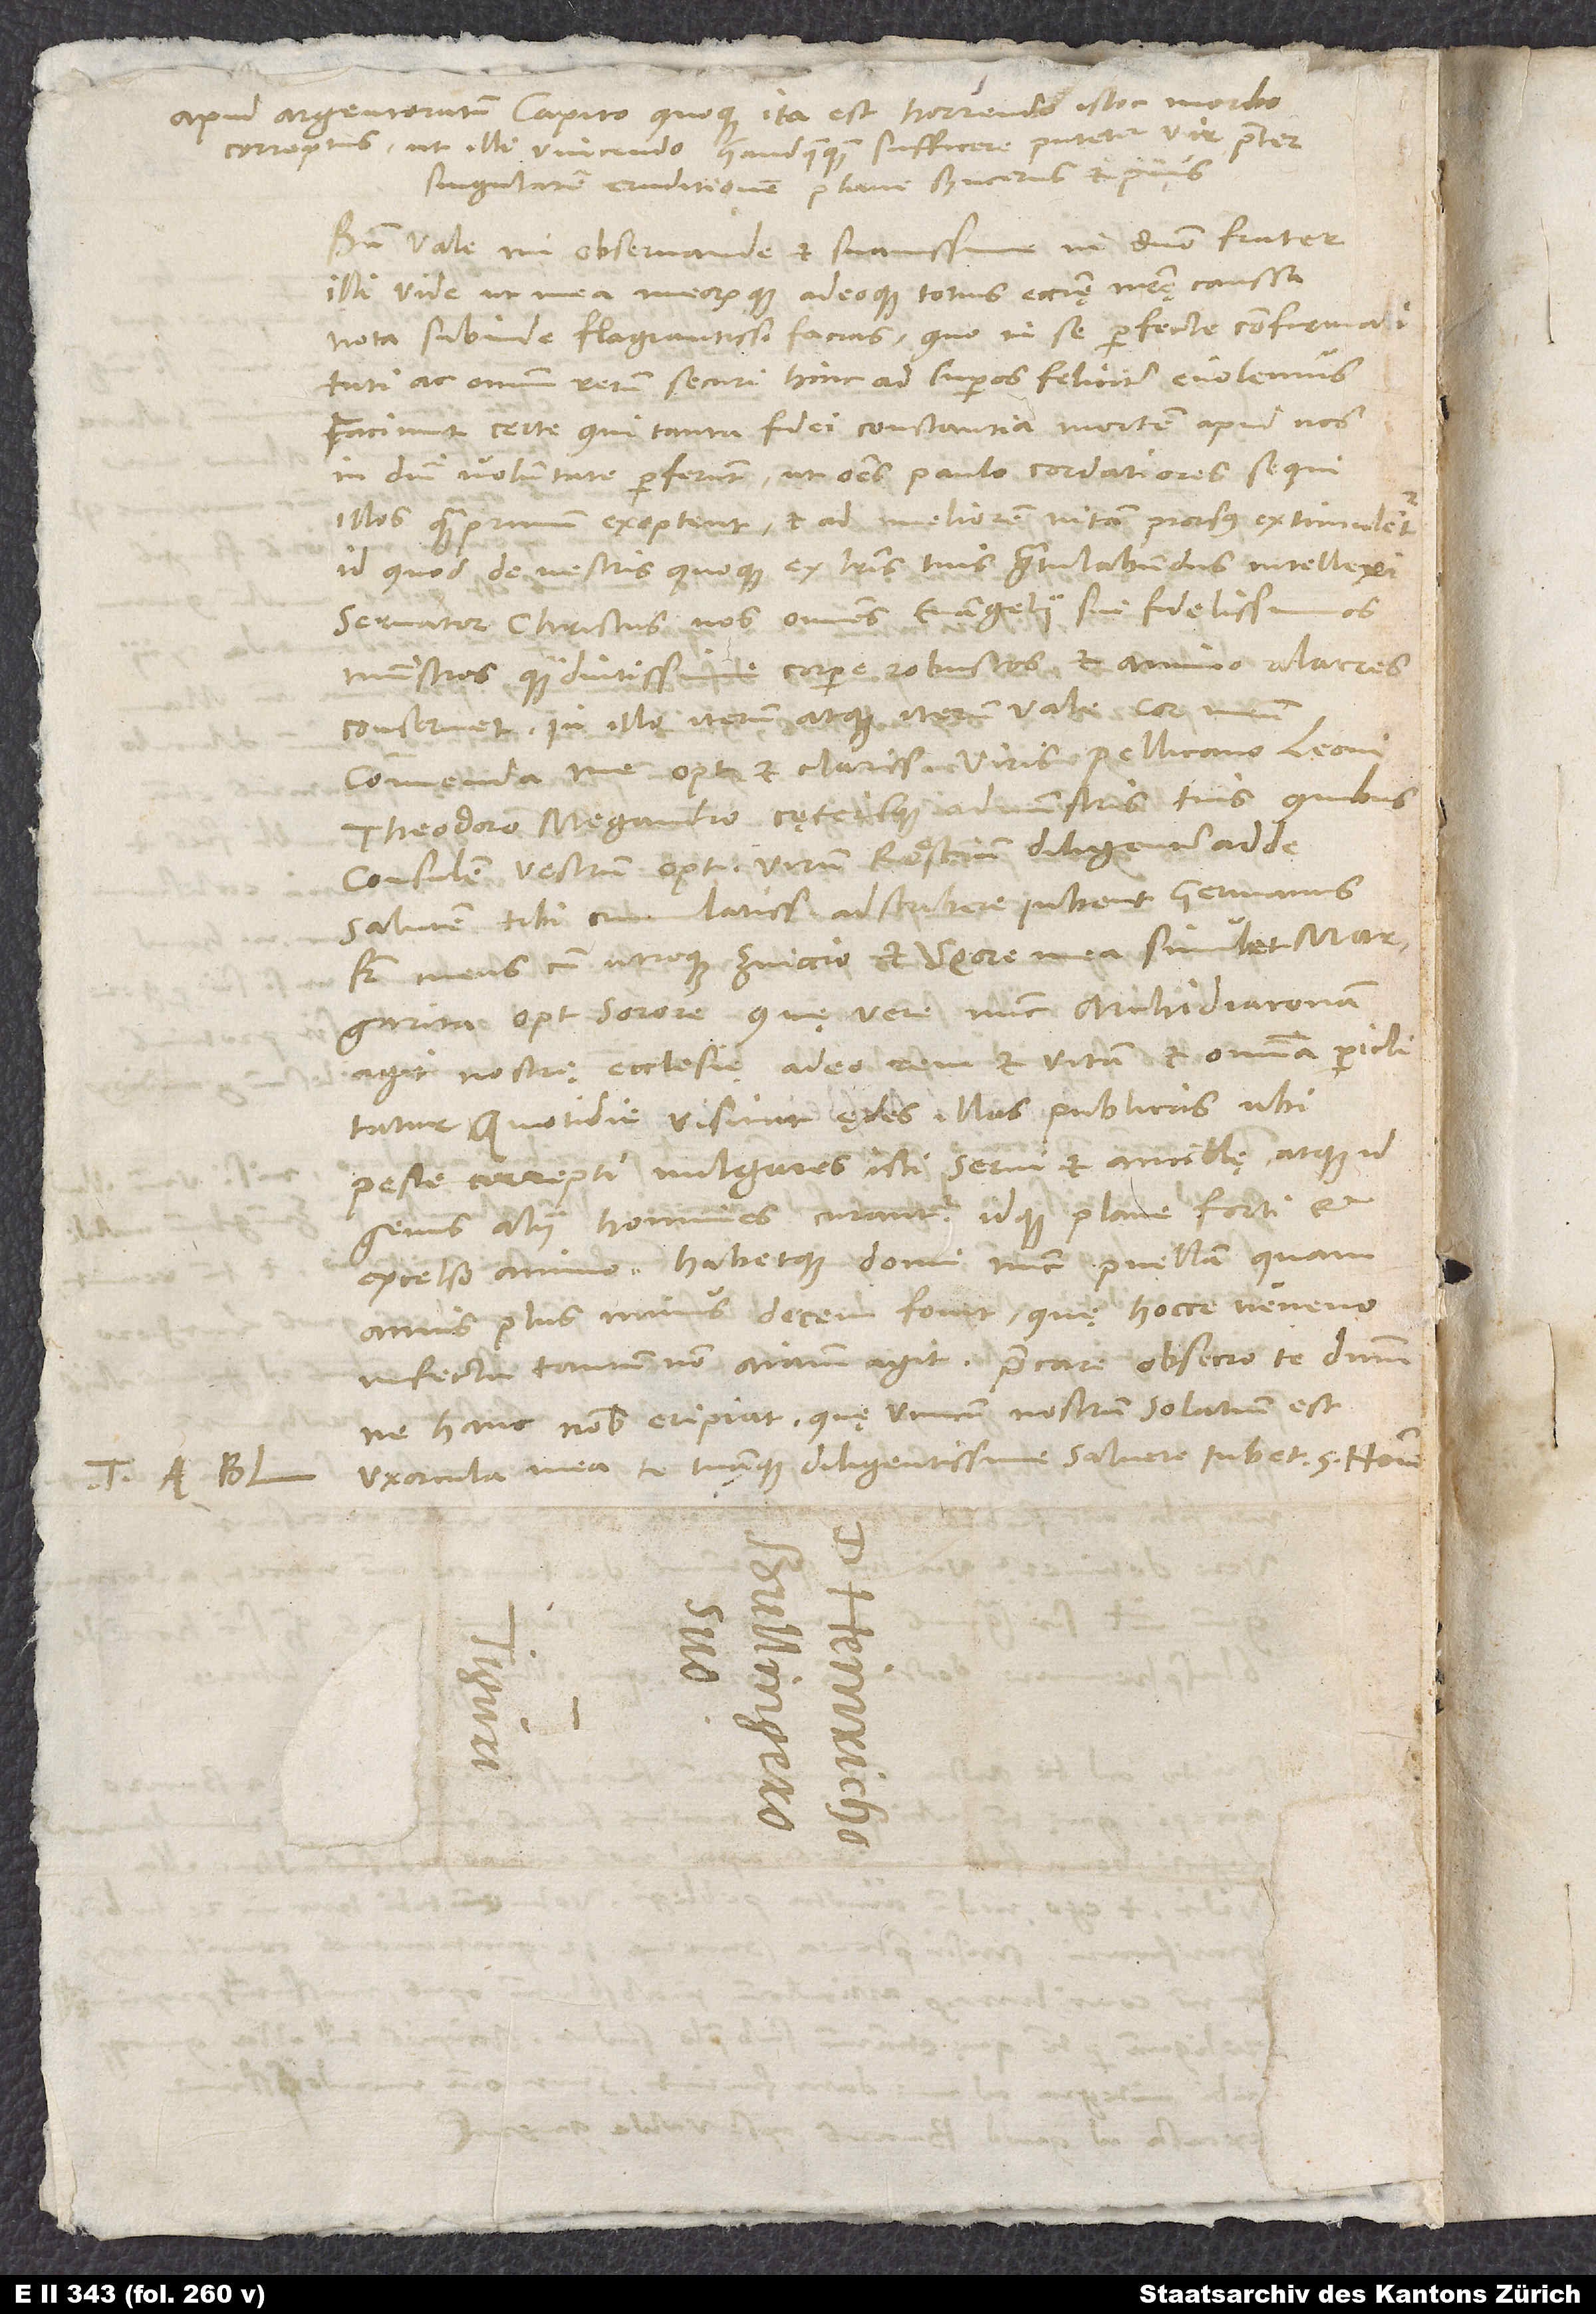
Tuus A. Bl.

Apud Argentoratum Capito quoque ita est horrendo istoc morbo
correptus, ut illi vincendo haudquaquam sufficere putetur vir praeter
singularem eruditionem plane syncerus et pius.
domino frater.
Bene vale, mi observande et suavissime
Illi vide, ut mea meorumque adeoque totius ecclesię nostrę caussa
vota subinde flagrantissima facias, quo in se perfecte confirmatati
ac omnium rerum securi hinc ad superos feliciter evolemus.
Faciunt certe, qui tanta fidei constantia mortem apud nos
in domini voluntate perferunt, ut omnes paulo cordatiores sequi
illos quamprimum exoptent et ad meliorem vitam prorsus extimulentur,
id quod de vestris quoque ex literis tuis gratulabundus intellexi.
Servator Christus vos omnes evangelii sui fidelissimos
ministros quam diutissime corpore robustos et animos alacres
conservet. In illo iterum atque iterum vale, cor meum.
Commenda me optimis et clarissimis viris Pellicano, Leoni,
Theodoro, Megandro cęterisque administris tuis, quibus
consulem vestrum, optimum virum Röstium, diligenter adde.
Salutem tibi cumulatissimam adscribere iubent germanus
frater meus cum utroque Zviccio et uxore mea, simul et Margarita,
optima sorore, quę nunc archidiaconam
agit nostrę ecclesię; adeo rem et vitam et omnia periclitatur.
Quotidie visitat ędes illas publicas, ubi
peste correpti vulgares isti servi et ancillę atque id
genus homines curantur, idque plane forti et
excelso animo, habetque domi nunc puellam, quam
annis plus minus decem fovet, quę hocce veneno
infecta tantum non animam agit. Precare, obsecro te, dominum,
ne hanc nobis eripiat, quę unicum nostrum solatium est.
Uxorcula mea te tuamque diligentissime salvere iubet.